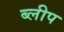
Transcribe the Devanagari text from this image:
ब्लीप